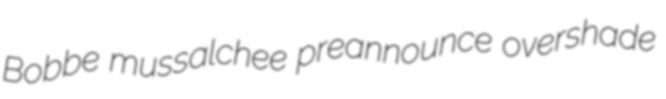
Bobbe mussalchee preannounce overshade